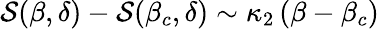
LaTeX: \begin{array}{r}{\mathcal{S}(\beta,\delta)-\mathcal{S}(\beta_{c},\delta)\sim\kappa_{2}\left({\beta-{\beta_{c}}}\right)}\end{array}